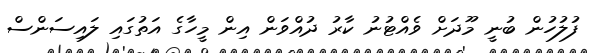
ފުލުހުން ބުނީ މޫދަށް ވެއްޓުނު ކާރު ދުއްވަން އިން މީހާގެ އަތުގައި ލައިސަންސް